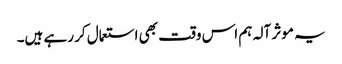
یہ موثر آلہ ہم اس وقت بھی استعمال کر رہے ہیں۔